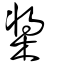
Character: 槳